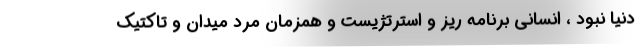
دنیا نبود ، انسانی برنامه ریز و استرتژیست و همزمان مرد میدان و تاکتیک